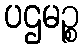
ပဌမဉ္စ